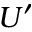
U ^ { \prime }